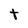
Character: t